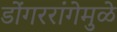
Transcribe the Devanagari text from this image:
डोंगररांगेमुळे